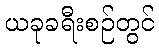
ယခုခရီးစဉ်တွင်